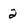
Character: 2